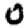
Digit: 0